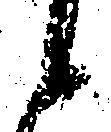
候